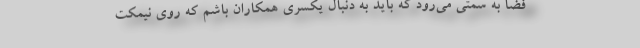
فضا به سمتی می‌رود که باید به دنبال یکسری همکاران باشم که روی نیمکت